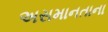
અસમાનતાના